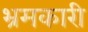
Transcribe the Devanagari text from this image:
भ्रमकारी